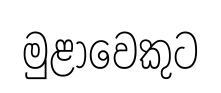
මුළාවෙකුට